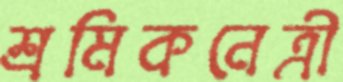
শ্রমিকনেত্রী